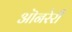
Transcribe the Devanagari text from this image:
ऒनरेरी